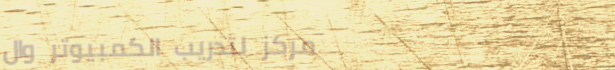
مركز لتدريب الكمبيوتر وال